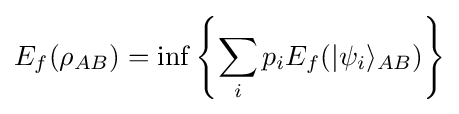
E_{f}(\rho _{AB})=\inf \left\{\sum _{i}p_{i}E_{f}(|\psi _{i}\rangle _{AB})\right\}